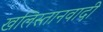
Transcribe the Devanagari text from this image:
खलिस्तानवादी